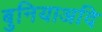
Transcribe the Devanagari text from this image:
बुनियाअदि